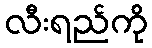
လီးရည်ကို